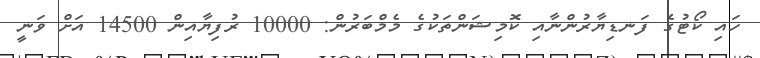
ހައި ކޯޓުގެ ފަނޑިޔާރުންނާއި ކޮމިޝަންތަކުގެ މެމްބަރުން: 10000 ރުފިޔާއިން 14500 އަށް ވަނީ